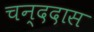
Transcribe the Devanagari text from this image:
चन्ददास